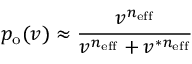
p _ { \mathrm { o } } ( v ) \approx \frac { v ^ { n _ { \mathrm { e f f } } } } { v ^ { n _ { \mathrm { e f f } } } + v ^ { \ast n _ { \mathrm { e f f } } } }